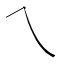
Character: ㇝